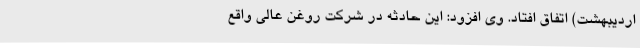
اردیبهشت) اتفاق افتاد. وی افزود: این حادثه در شرکت روغن عالی واقع